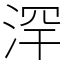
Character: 浫